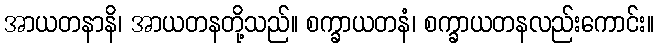
အာယတနာနိ၊ အာယတနတို့သည်။ စက္ခာယတနံ၊ စက္ခာယတနလည်းကောင်း။